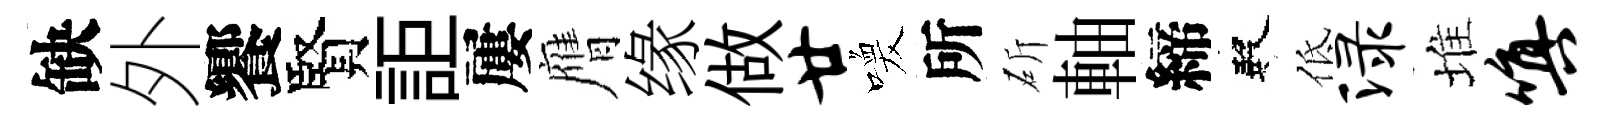
缺外饗賢詎屢膺缘做廿喚所斫軸締殿低渌堆嗔